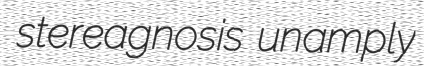
stereagnosis unamply